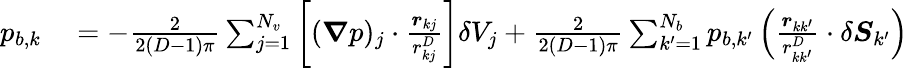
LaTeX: \begin{array}{rl}{p_{b,k}}&{{}=-\frac 2{2(D-1)\pi}\sum_{j=1}^{N_{v}}\left[(\boldsymbol{\nabla}p)_{j}\cdot\frac{\boldsymbol{r}_{kj}}{r_{kj}^{D}}\right]\delta V_{j}+\frac 2{2(D-1)\pi}\sum_{k^{\prime}=1}^{N_{b}}p_{b,k^{\prime}}\left(\frac{\boldsymbol{r}_{kk^{\prime}}}{r_{kk^{\prime}}^{D}}\cdot\delta\boldsymbol{S}_{k^{\prime}}\right)}\end{array}